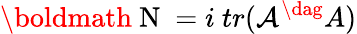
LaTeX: \mathrm{\boldmath~N~}=i~tr({\cal{A}}^{\dag}A)